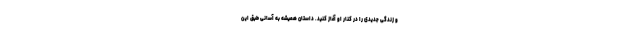
و زندگی جدیدی را در کنار او آغاز کنید. داستان همیشه به آسانی طبق این